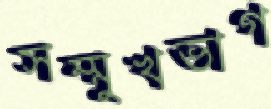
সম্মুখভাগ